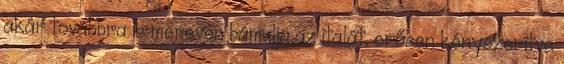
akár továbbra is mereven bámulja az italát, erősen kényszerítve